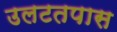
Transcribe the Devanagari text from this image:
उलटतपास